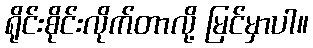
ရိုင်းစိုင်းလိုက်တာလို့ မြင်မှာပါ။